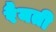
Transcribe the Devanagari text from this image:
रैयती